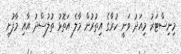
މިނިސްޓަރު މިއަދު ވަނީ ހުރާގެ އިތުރުން މާލެ އަތޮޅު ތުލުސްދު އާއި މާފުށި